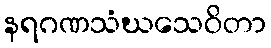
နရဂဏသံဃသေဝိတာ